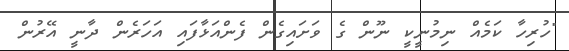
"ހުރިހާ ކަމެއް ނިމުނީކީ ނޫން ގެ ވަށައިގެން ފެންއަޅާފައި އަހަރެން ދާނީ އޭރުން